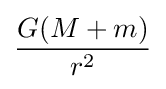
{\frac {G(M+m)}{r^{2}}}